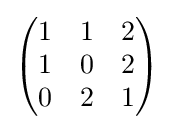
{\begin{pmatrix}1&1&2\\1&0&2\\0&2&1\end{pmatrix}}